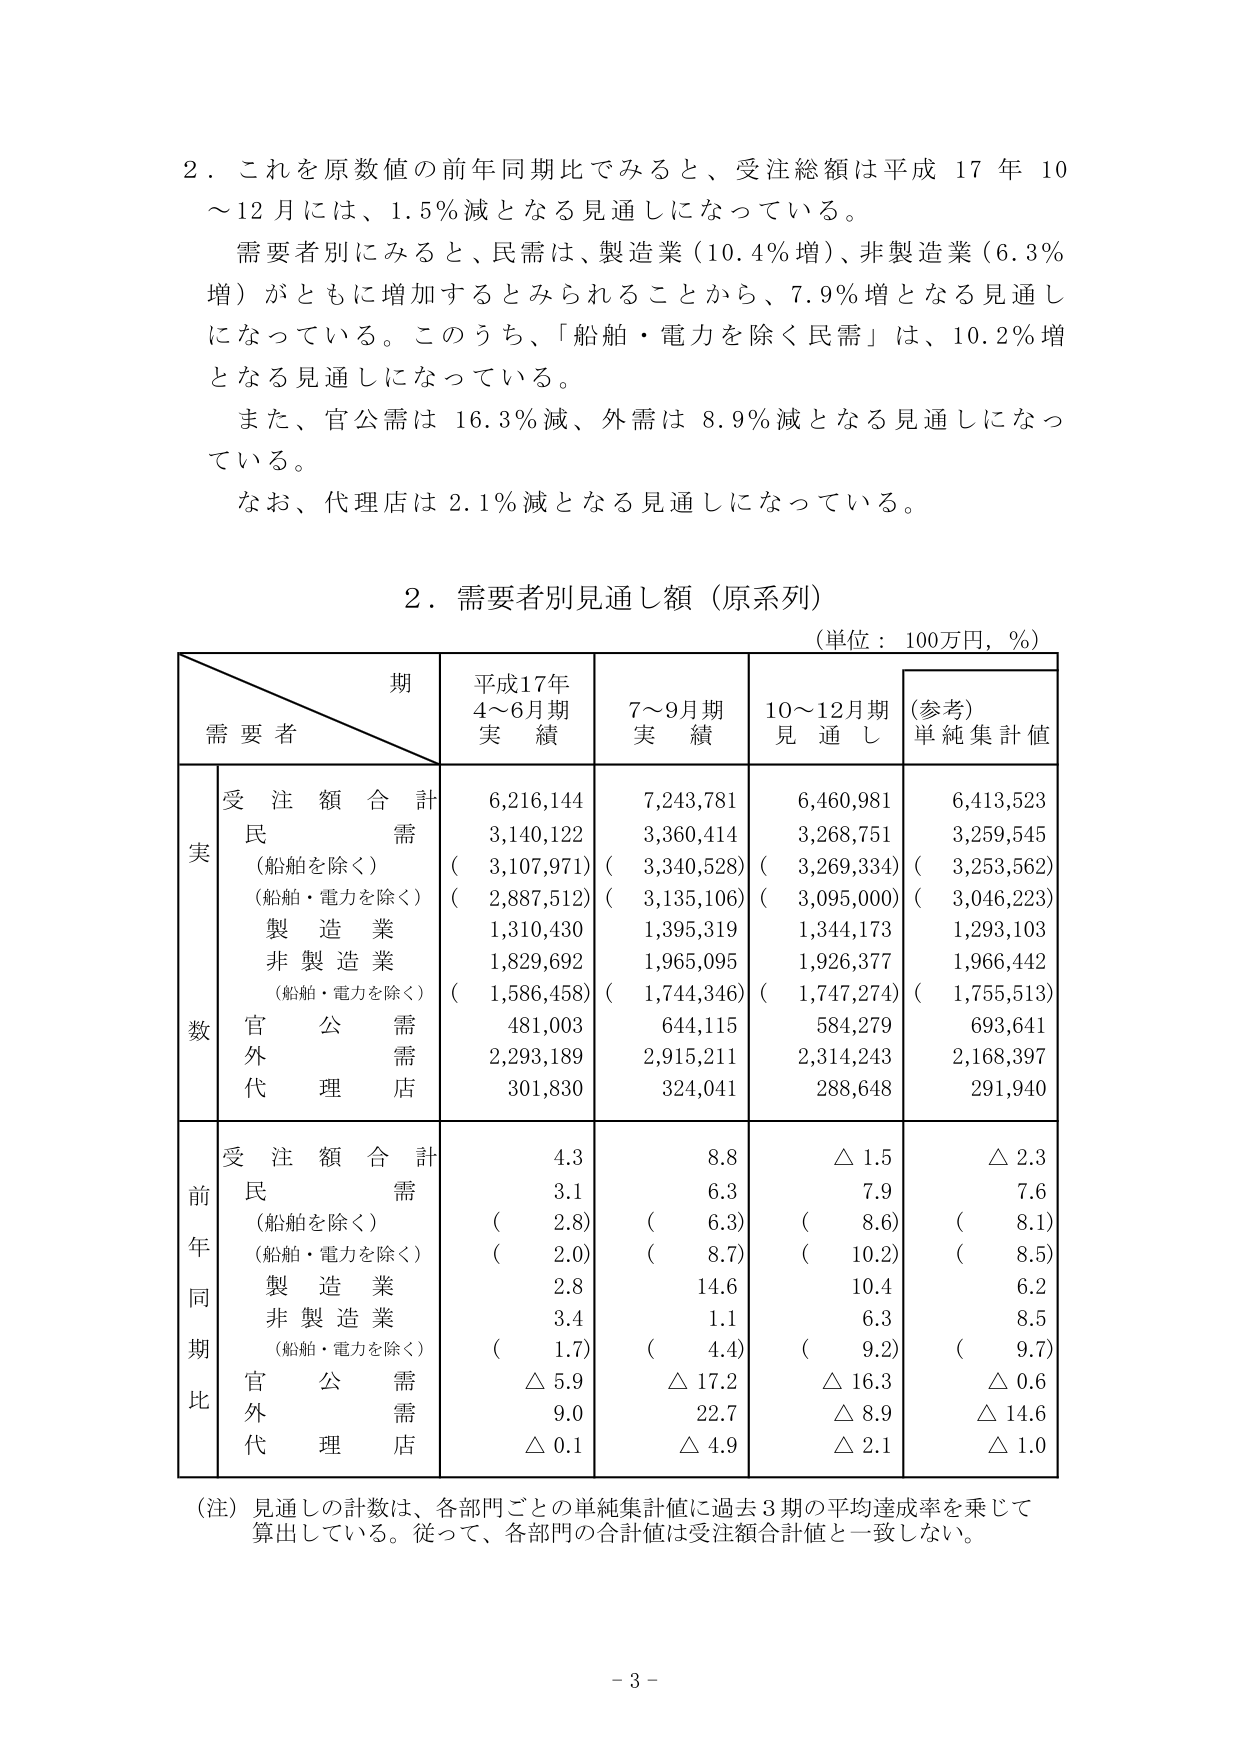
２．これを原数値の前年同期比でみると、受注総額は平成17年10～12月には、1.5％減となる見通しになっている。

需要者別にみると、民需は、製造業（10.4％増）、非製造業（6.3％増）がともに増加するとみられることから、7.9％増となる見通しになっている。このうち、「船舶・電力を除く民需」は、10.2％増となる見通しになっている。

また、官公需は16.3％減、外需は8.9％減となる見通しになっている。

なお、代理店は2.1％減となる見通しになっている。

２．需要者別見通し額（原系列）

（単位：100万円，％）

期
需要者
平成17年
4～6月期
実績
7～9月期
実績
10～12月期
見通し
（参考）
単純集計値

実数
受注額合計
6,216,144
7,243,781
6,460,981
6,413,523
民需
3,140,122
3,360,414
3,268,751
3,259,545
（船舶を除く）
（3,107,971）
（3,340,528）
（3,269,334）
（3,253,562）
（船舶・電力を除く）
（2,887,512）
（3,135,106）
（3,095,000）
（3,046,223）
製造業
1,310,430
1,395,319
1,344,173
1,293,103
非製造業
1,829,692
1,965,095
1,926,377
1,966,442
（船舶・電力を除く）
（1,586,458）
（1,744,346）
（1,747,274）
（1,755,513）
官公需
481,003
644,115
584,279
693,641
外需
2,293,189
2,915,211
2,314,243
2,168,397
代理店
301,830
324,041
288,648
291,940

前年同期比
受注額合計
4.3
8.8
△1.5
△2.3
民需
3.1
6.3
7.9
7.6
（船舶を除く）
（2.8）
（6.3）
（8.6）
（8.1）
（船舶・電力を除く）
（2.0）
（8.7）
（10.2）
（8.5）
製造業
2.8
14.6
10.4
6.2
非製造業
3.4
1.1
6.3
8.5
（船舶・電力を除く）
（1.7）
（4.4）
（9.2）
（9.7）
官公需
△5.9
△17.2
△16.3
△0.6
外需
9.0
22.7
△8.9
△14.6
代理店
△0.1
△4.9
△2.1
△1.0

（注）見通しの計数は、各部門ごとの単純集計値に過去3期の平均達成率を乗じて算出している。従って、各部門の合計値は受注額合計値と一致しない。

- 3 -